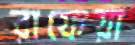
রাফেয়া